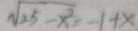
\sqrt { 2 5 - x ^ { 2 } } = - 1 + x